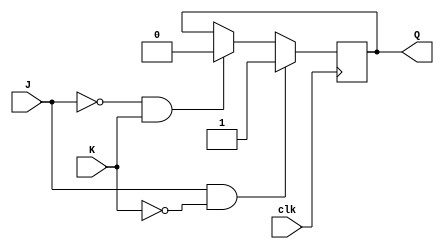
`timescale 1ns / 1ps
module JK_latch(input J, input K, input clk, output reg Q);
  always @(posedge clk)
    if (J == 1 && K == 0)
      Q <= 1;
    else if (J == 0 && K == 1)
      Q <= 0;
endmodule